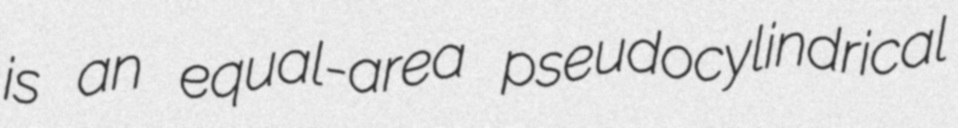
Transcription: is an equal-area pseudocylindrical